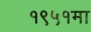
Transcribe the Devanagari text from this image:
१९५१मा